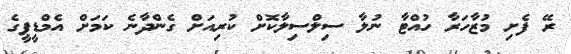
ރޭ ފެށި މުޒާހަރާ ހުއްޓާ ނުލާ ސިލްސިލާކޮށް ކުރިއަށް ގެންދާނެ ކަމަށް އެމްޑީޕީގެ